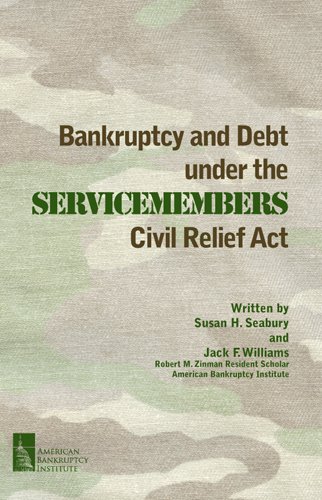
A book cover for Bankruptcy and Debt Under the Servicemembers Civil Relief Act; Susan H. Seabury; Law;